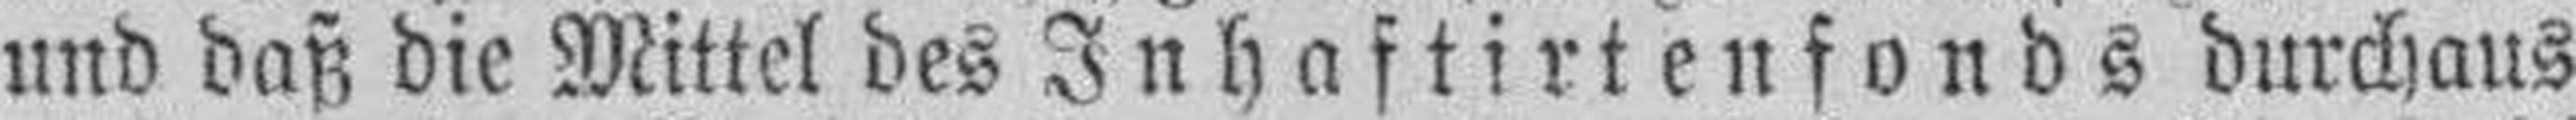
und daß die Mittel des Inhaftirtenfonds durchaus